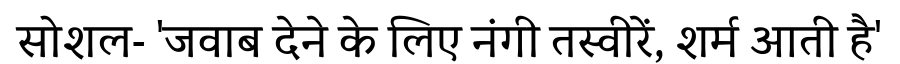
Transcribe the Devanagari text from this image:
सोशल- 'जवाब देने के लिए नंगी तस्वीरें, शर्म आती है'